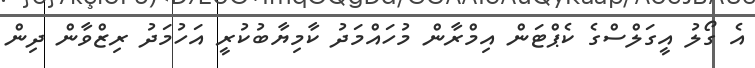
އެ ގޯލު އީގަލްސްގެ ކެޕްޓަން އިމްރާން މުހައްމަދު ކާމިޔާބުކުރީ އަހުމަދު ރިޒްވާން ދިން